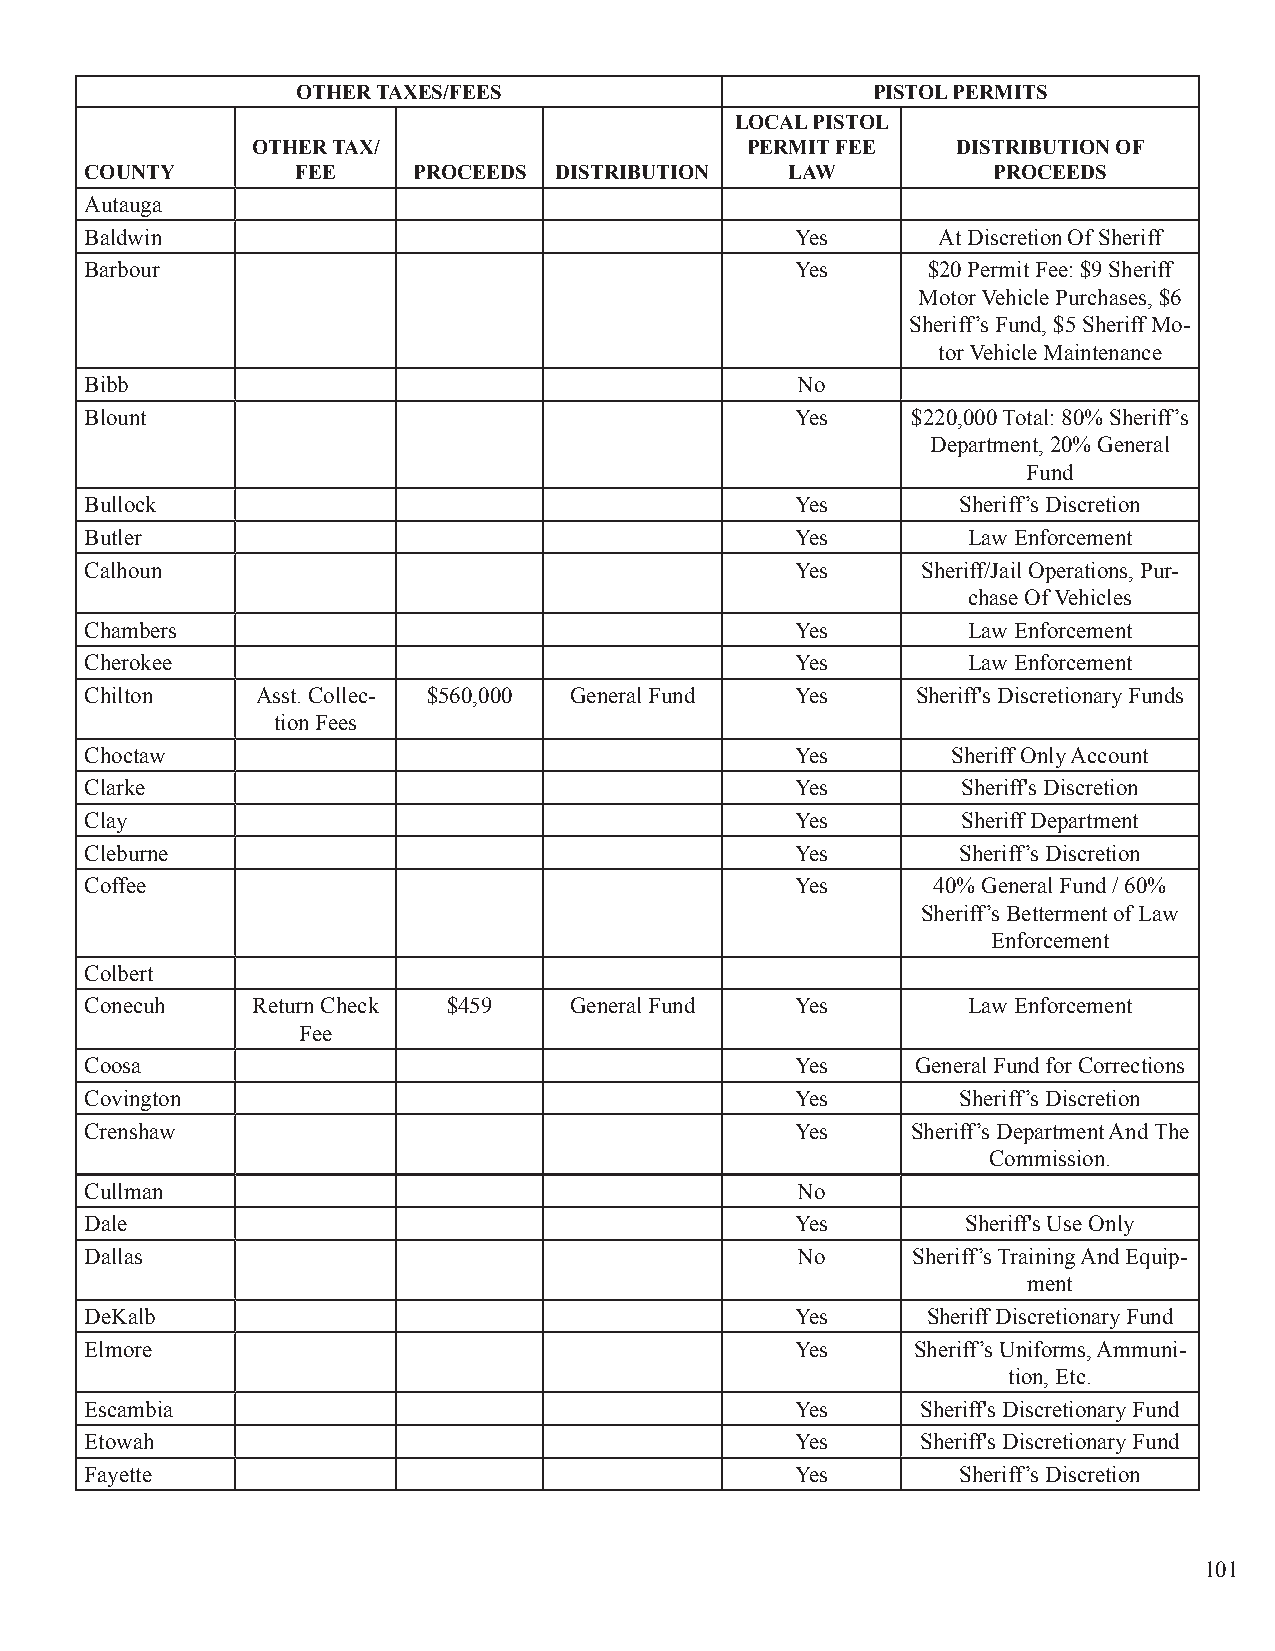
OTHER TAXES/FEES                      PISTOL PERMITS
 LOCAL PISTOL
 OTHER TAX/                      PERMIT FEE    DISTRIBUTION OF
 COUNTY        FEE    PROCEEDS  DISTRIBUTION   LAW           PROCEEDS
 Autauga
 Baldwin                                        Yes      At Discretion Of Sheriff
 Barbour                                        Yes     $20 Permit Fee: $9 Sheriff
 Motor Vehicle Purchases, $6
 Sheriff’s Fund, $5 Sheriff Mo-
 tor Vehicle Maintenance
 Bibb                                           No
 Blount                                         Yes    $220,000 Total: 80% Sheriff’s
 Department, 20% General
 Fund
 Bullock                                        Yes        Sheriff’s Discretion
 Butler                                         Yes        Law Enforcement
 Calhoun                                        Yes     Sheriff/Jail Operations, Pur-
 chase Of Vehicles
 Chambers                                       Yes        Law Enforcement
 Cherokee                                       Yes        Law Enforcement
 Chilton    Asst. Collec- $560,000 General Fund Yes     Sheriff's Discretionary Funds
 tion Fees
 Choctaw                                        Yes       Sheriff Only Account
 Clarke                                         Yes        Sheriff's Discretion
 Clay                                           Yes        Sheriff Department
 Cleburne                                       Yes        Sheriff’s Discretion
 Coffee                                         Yes      40% General Fund / 60%
 Sheriff’s Betterment of Law
 Enforcement
 Colbert
 Conecuh    Return Check $459    General Fund   Yes        Law Enforcement
 Fee
 Coosa                                          Yes     General Fund for Corrections
 Covington                                      Yes        Sheriff’s Discretion
 Crenshaw                                       Yes    Sheriff’s Department And The
 Commission.
 Cullman                                        No
 Dale                                           Yes        Sheriff's Use Only
 Dallas                                         No     Sheriff’s Training And Equip-
 ment
 DeKalb                                         Yes     Sheriff Discretionary Fund
 Elmore                                         Yes    Sheriff’s Uniforms, Ammuni-
 tion, Etc.
 Escambia                                       Yes     Sheriff's Discretionary Fund
 Etowah                                         Yes     Sheriff's Discretionary Fund
 Fayette                                        Yes        Sheriff’s Discretion
 101